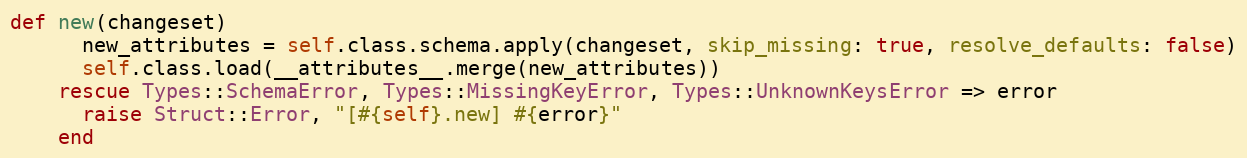
Language: Ruby
def new(changeset)
      new_attributes = self.class.schema.apply(changeset, skip_missing: true, resolve_defaults: false)
      self.class.load(__attributes__.merge(new_attributes))
    rescue Types::SchemaError, Types::MissingKeyError, Types::UnknownKeysError => error
      raise Struct::Error, "[#{self}.new] #{error}"
    end